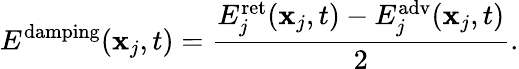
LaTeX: E^{\mathrm{damping}}(\mathbf{x}_{j},t)={\frac{E_{j}^{\mathrm{ret}}(\mathbf{x}_{j},t)-E_{j}^{\mathrm{adv}}(\mathbf{x}_{j},t)}{2}}.